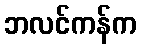
ဘလင်ကန်က